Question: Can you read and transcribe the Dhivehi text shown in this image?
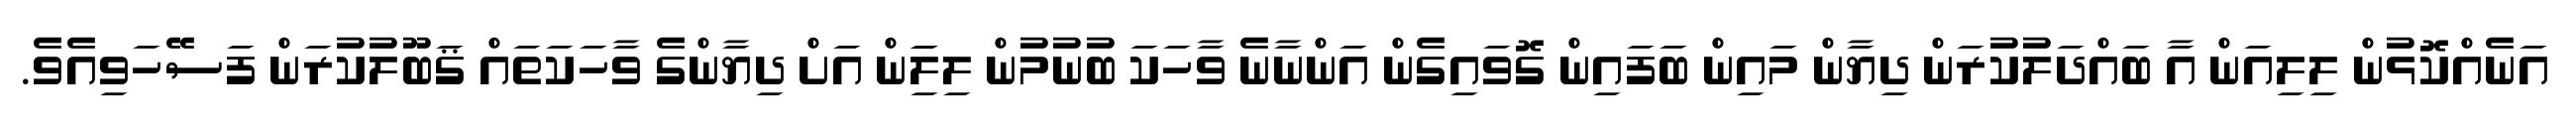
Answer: އަނެއްކޮޅުން ލިލިއަން އާ ބައްދަލުކުރަން ދިޔާން މައިން ބަފައިން ގޮވައިގެން އަންނާނެ ވާހަކަ ބުނުމުން ލިލިަަން އަށް ދިޔާންގެ ވާހަކަތައް ޤަބޫލުކުރަން ފަސޭހަވިއެވެ.